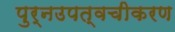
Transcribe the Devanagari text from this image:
पुर्नउपत्वचीकरण